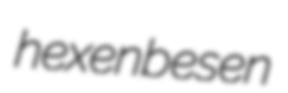
hexenbesen